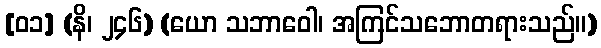
[၀၁] (နိ၊ ၂၄၆) (ယော သဘာဝေါ၊ အကြင်သဘောတရားသည်။)